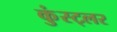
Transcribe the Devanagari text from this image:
कुंस्ट्लर